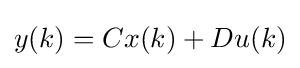
y(k)=Cx(k)+Du(k)